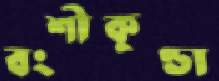
বংশীকুণ্ডা